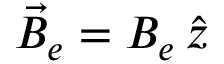
\vec { B } _ { e } = B _ { e } \, \hat { z }